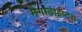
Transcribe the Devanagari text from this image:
मेगाडाईप्ट्स